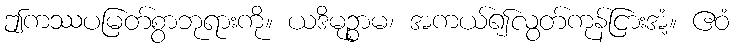
ဤကဿပမြတ်စွာဘုရားကို။ ယဒိမုဉ္စာမ၊ အကယ်၍လွတ်ကုန်ငြားအံ့။ ဧဝံ